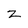
Character: z